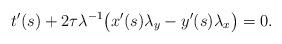
LaTeX: \begin{align*}t'(s) + 2\tau\lambda^{-1}\bigl(x'(s)\lambda_{y} - y'(s)\lambda_{x}\bigr) = 0.\end{align*}